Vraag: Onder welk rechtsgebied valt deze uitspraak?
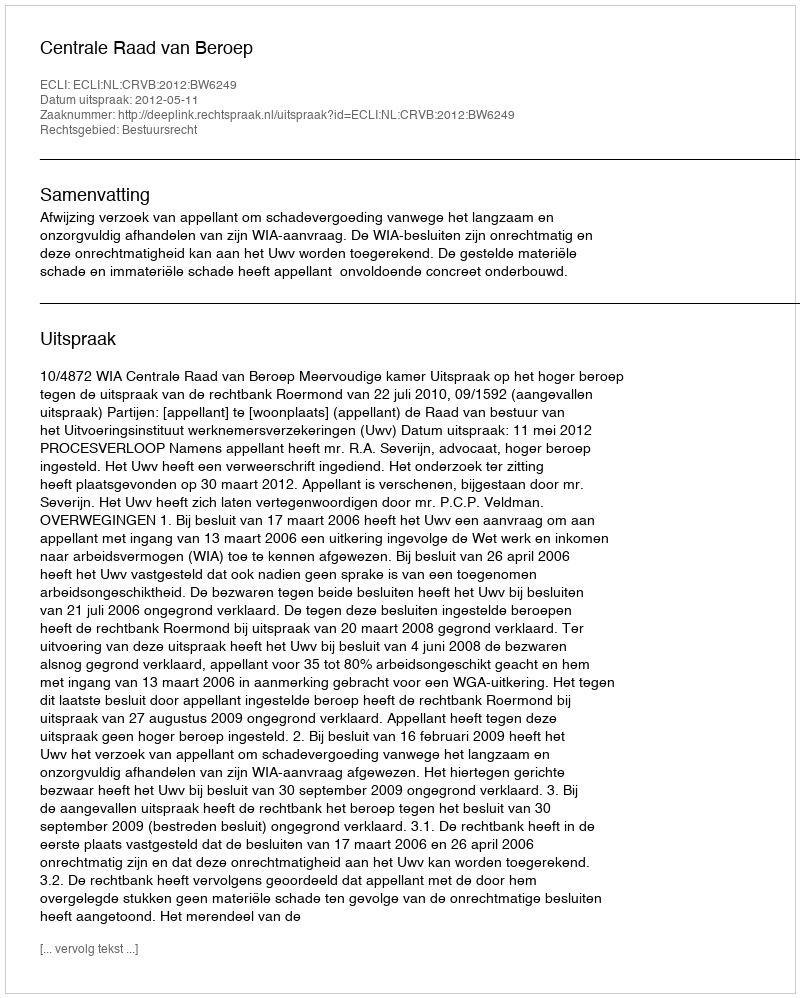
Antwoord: Bestuursrecht